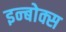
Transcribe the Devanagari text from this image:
इन्बोक्स